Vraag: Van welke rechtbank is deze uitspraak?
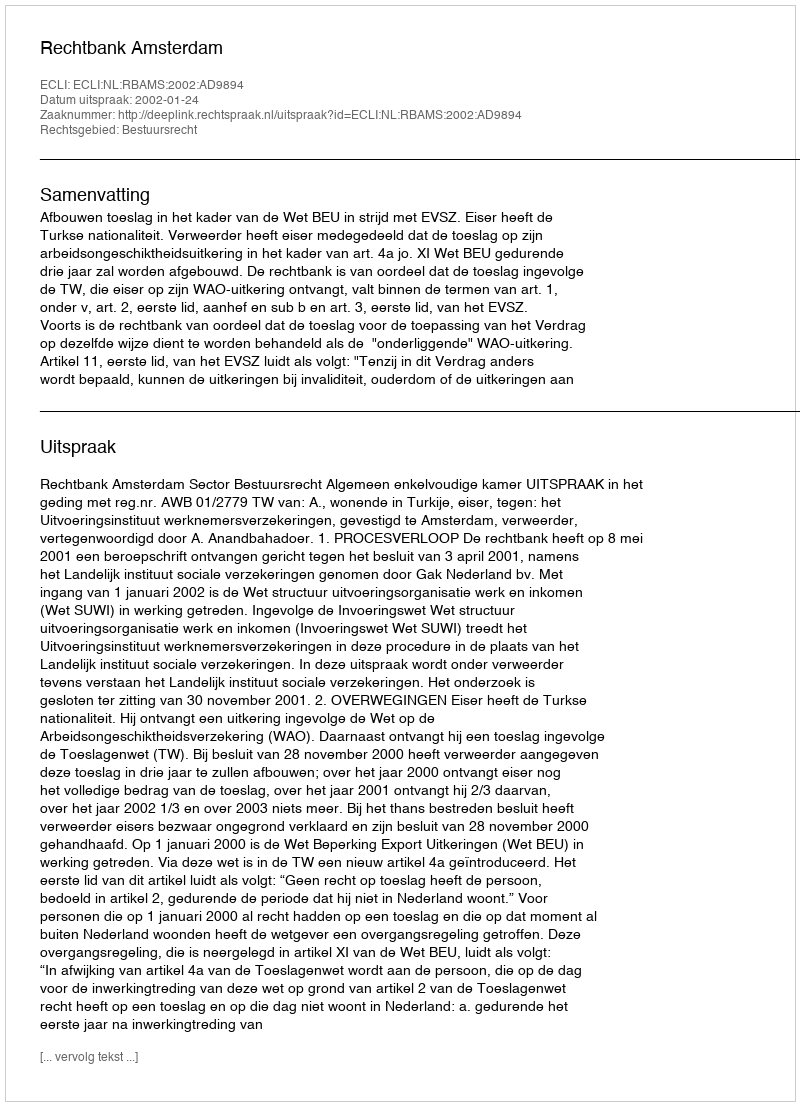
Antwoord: Rechtbank Amsterdam